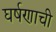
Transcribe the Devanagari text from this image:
घर्षणाची